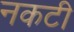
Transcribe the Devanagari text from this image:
नकटी